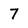
Character: 7